NAE_ERA_R-2632_ENSV_TA_Emakeele_Selts_1945-1955, lk 23
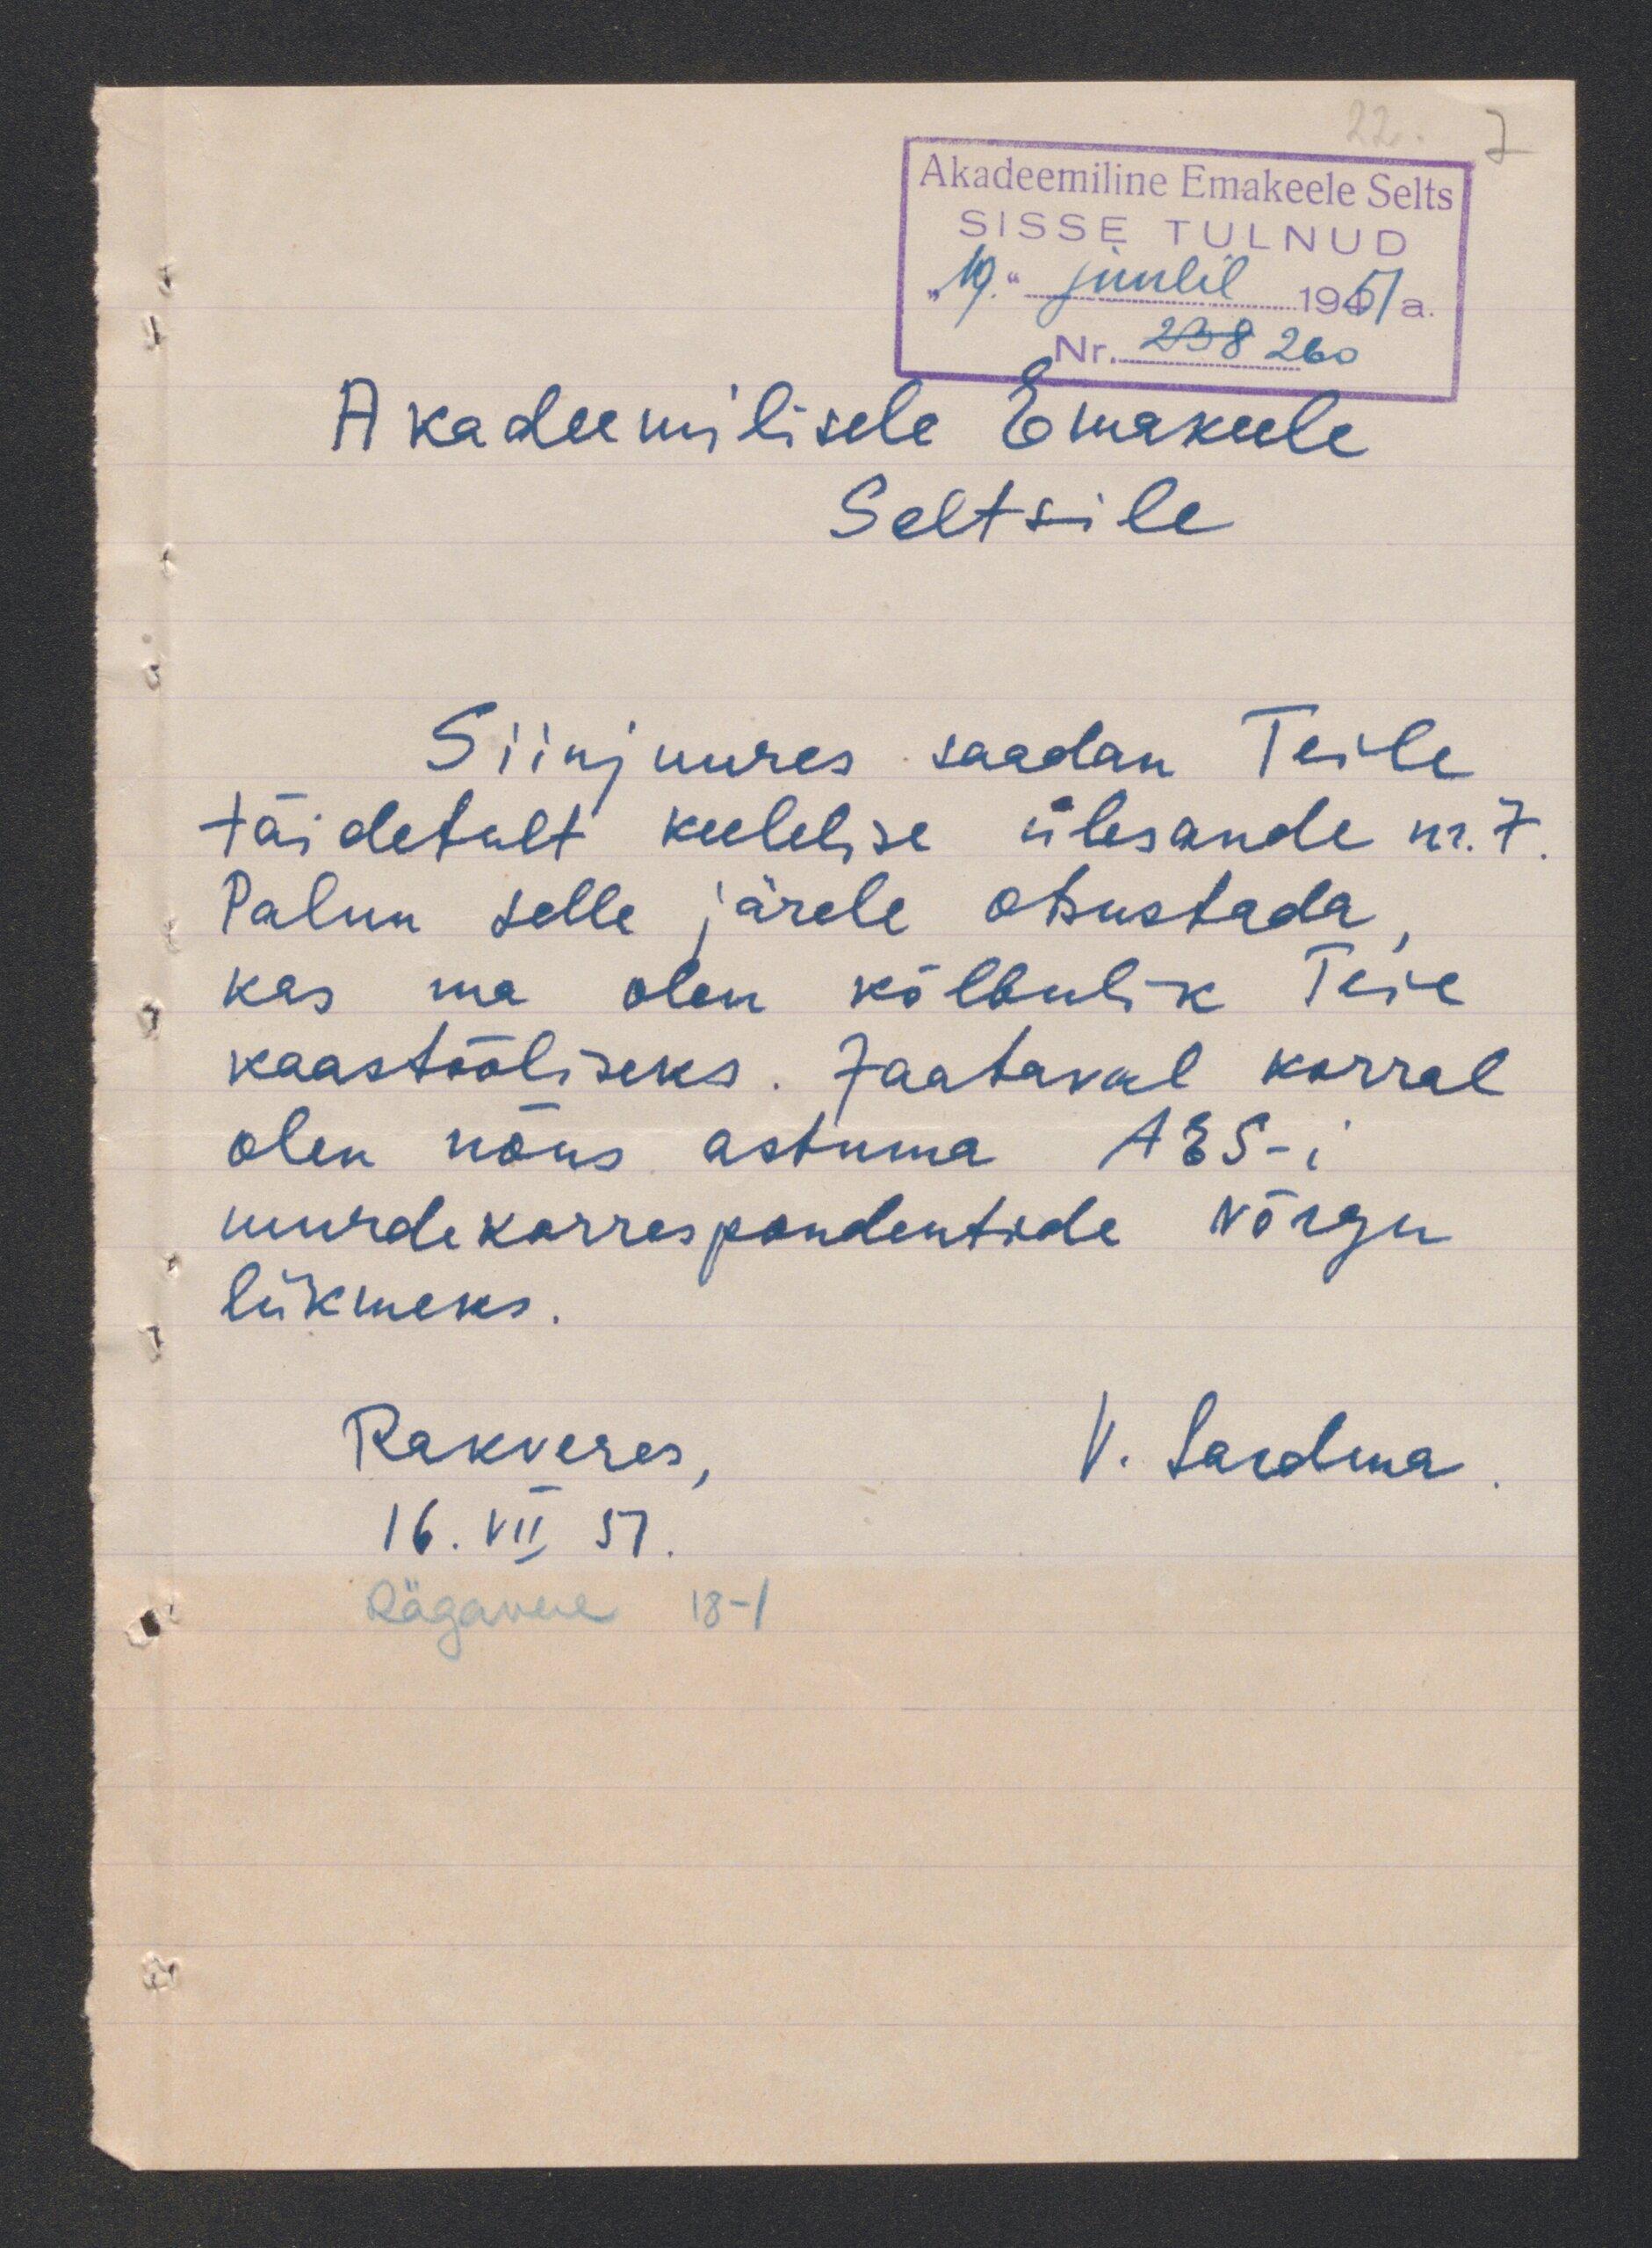
Akadeemiline Emakeele Selts
SISSE TULNUD
"19" juulil 1951a.
Nr. 238 260
Akadeemilisele Emakeele
Seltsile
Siinjuures saadan Teile
täidetult keelelise ülesande nr.7
Palun selle järele otsustada
kas ma olen kõlbulik Teie
kaastööliseks. Jaataval korral
olen nõus astuma AES-i
murdekorrespondentide võrgu
liikmeks
Rakveres
16.VII 57
Rägawere 181